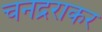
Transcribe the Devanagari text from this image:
चनद्रराकर